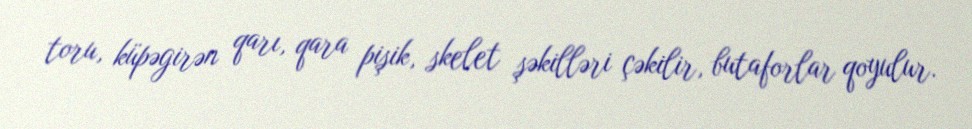
toru, küpəgirən qarı, qara pişik, skelet şəkilləri çəkilir, butaforlar qoyulur.